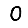
Digit: 0